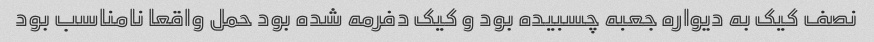
نصف کیک به دیواره جعبه چسبیده بود و کیک دفرمه شده بود حمل واقعا نامناسب بود